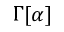
\Gamma [ \alpha ]